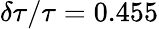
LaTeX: \delta\tau/\tau=0.455